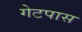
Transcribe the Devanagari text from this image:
गेटपास